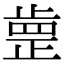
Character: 𣦐